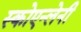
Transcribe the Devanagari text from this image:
स्कोएन्लेनी